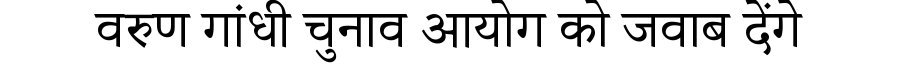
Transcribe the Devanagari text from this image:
वरुण गांधी चुनाव आयोग को जवाब देंगे